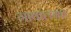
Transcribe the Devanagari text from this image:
गावांलगत